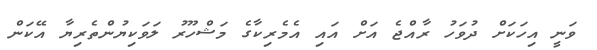
ވަނީ އިހަކަށް ދުވަހު ރާއްޖެ އަށް އައި އެމެރިކާގެ މަޝްހޫރު ލަވަކިޔުންތެރިޔާ އޭކަން